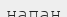
напан